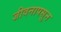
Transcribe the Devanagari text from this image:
जीवनापसून